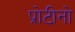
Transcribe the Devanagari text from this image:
प्रोटीनो